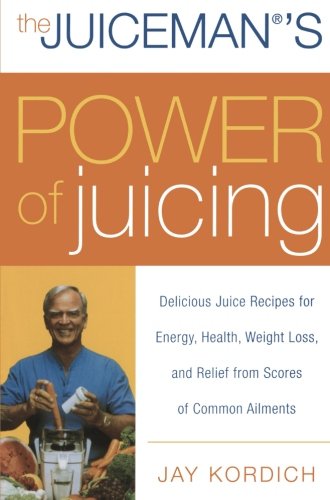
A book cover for The Juiceman's Power of Juicing: Delicious Juice Recipes for Energy, Health, Weight Loss, and Relief from Scores of Common Ailments; Jay Kordich; Cookbooks, Food & Wine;